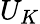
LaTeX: U_{K}